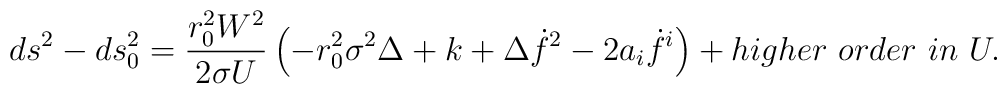
ds^2 - ds^2_0 = {{r_0^2 W^2} \over {2 \sigma U}} \left( - r_0^2 \sigma^2 \Delta + k + \Delta \dot{f}^2 - 2 a_i \dot{f}^i \right)+ higher  \ order  \  in \ U.